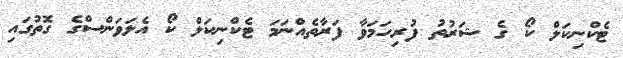
ޓެކްނިކަލް ކޯ ގެ ޝަރުތު ފުރިހަމަވާ ފަރާތެއްނަމަ ޓެކްނިކަލް ކޯ އެލަވަންސްގެ ގޮތުގައި